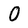
Character: O